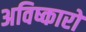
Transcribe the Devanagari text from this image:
अविष्कारो